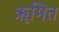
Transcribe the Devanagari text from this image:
ॠमित